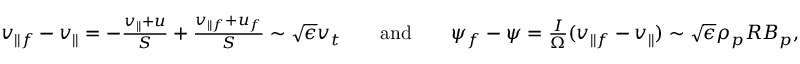
\begin{array} { r l r l r } { v _ { \parallel f } - v _ { \parallel } = - \frac { v _ { \parallel } + u } { S } + \frac { v _ { \parallel f } + u _ { f } } { S } \sim \sqrt { \epsilon } v _ { t } } & { } & { \mathrm { a n d } } & { } & { \psi _ { f } - \psi = \frac { I } { \Omega } ( v _ { \parallel f } - v _ { \parallel } ) \sim \sqrt { \epsilon } \rho _ { p } R B _ { p } , } \end{array}